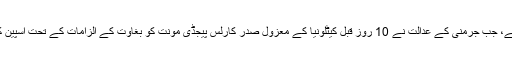
بارسلونا میں یہ احتجاج ایسے وقت میں سامنے آیا ہے، جب جرمنی کے عدالت نے 10 روز قبل کیٹلونیا کے معزول صدر کارلس پیجڈی مونت کو بغاوت کے الزامات کے تحت اسپین کے حوالے کرنے کی درخواست مسترد کر دی تھی۔